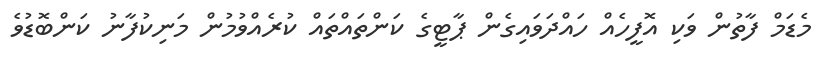
މެޑަމް ފާތުން ވަކި އޮފީހެއް ހައްދަވައިގެން ޕާޓީގެ ކަންތައްތައް ކުރެއްވުމުން މަނިކުފާނު ކަންބޮޑުވެ